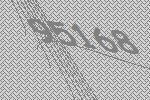
95168